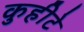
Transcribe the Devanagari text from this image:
कुहीटे